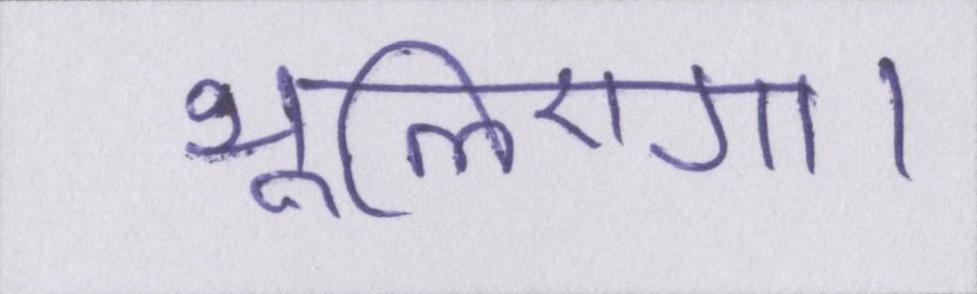
भूलिएगा।